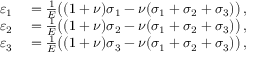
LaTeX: \begin{array} { r l } { \varepsilon _ { 1 } } & { { } = { \frac { 1 } { E } } { \big ( } ( 1 + \nu ) \sigma _ { 1 } - \nu ( \sigma _ { 1 } + \sigma _ { 2 } + \sigma _ { 3 } ) { \big ) } \, , } \\ { \varepsilon _ { 2 } } & { { } = { \frac { 1 } { E } } { \big ( } ( 1 + \nu ) \sigma _ { 2 } - \nu ( \sigma _ { 1 } + \sigma _ { 2 } + \sigma _ { 3 } ) { \big ) } \, , } \\ { \varepsilon _ { 3 } } & { { } = { \frac { 1 } { E } } { \big ( } ( 1 + \nu ) \sigma _ { 3 } - \nu ( \sigma _ { 1 } + \sigma _ { 2 } + \sigma _ { 3 } ) { \big ) } \, , } \end{array}